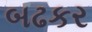
બઢકર